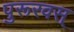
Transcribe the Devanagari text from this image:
पुरूरवस्